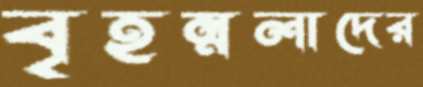
বৃহন্নলাদের